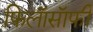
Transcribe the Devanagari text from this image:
फिलाॅसाॅफी